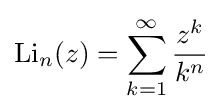
\operatorname {Li} _{n}(z)=\sum _{k=1}^{\infty }{\frac {z^{k}}{k^{n}}}